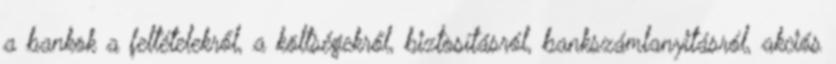
a bankok a feltételekről, a költségekről, biztosításról, bankszámlanyitásról, akciós